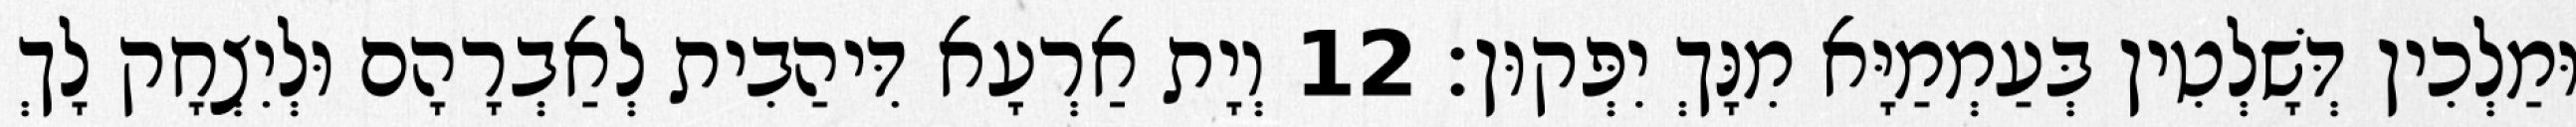
וּמַלְכִין דְּשָׁלְטִין בְּעַמְמַיָּא מִנָּךְ יִפְּקוּן׃ 12 וְיָת אַרְעָא דִּיהַבִית לְאַבְרָהָם וּלְיִצְחָק לָךְ